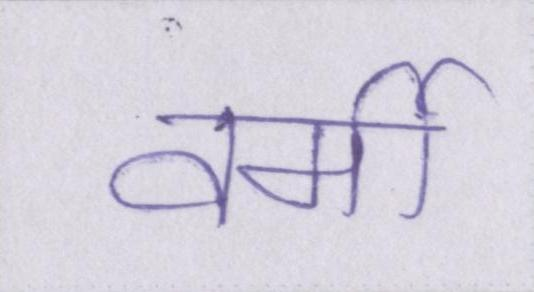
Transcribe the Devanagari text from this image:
वर्मी